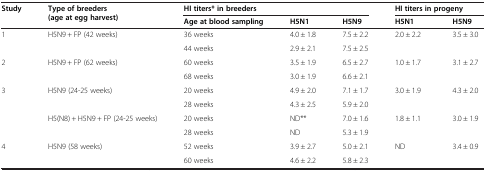
<table><thead><tr><td rowspan="2"><b>Study</b></td><td rowspan="2"><b>Type of breeders (age at egg harvest)</b></td><td colspan="3"><b>HI titers*in breeders</b></td><td colspan="2"><b>HI titers in progeny</b></td></tr><tr><td><b>Age at blood sampling</b></td><td><b>H5N1</b></td><td><b>H5N9</b></td><td><b>H5N1</b></td><td><b>H5N9</b></td></tr></thead><tbody><tr><td rowspan="2">1</td><td rowspan="2">H5N9 + FP (42 weeks)</td><td>36 weeks</td><td>4.0 ± 1.8</td><td>7.5 ± 2.2</td><td rowspan="2">2.0 ± 2.2</td><td rowspan="2">3.5 ± 3.0</td></tr><tr><td>44 weeks</td><td>2.9 ± 2.1</td><td>7.5 ± 2.5</td></tr><tr><td rowspan="2">2</td><td rowspan="2">H5N9 + FP (62 weeks)</td><td>60 weeks</td><td>3.5 ± 1.9</td><td>6.5 ± 2.7</td><td rowspan="2">1.0 ± 1.7</td><td rowspan="2">3.1 ± 2.7</td></tr><tr><td>68 weeks</td><td>3.0 ± 1.9</td><td>6.6 ± 2.1</td></tr><tr><td rowspan="4">3</td><td rowspan="2">H5N9 (24-25 weeks)</td><td>20 weeks</td><td>4.9 ± 2.0</td><td>7.1 ± 1.7</td><td rowspan="2">3.0 ± 1.9</td><td rowspan="2">4.3 ± 2.0</td></tr><tr><td>28 weeks</td><td>4.3 ± 2.5</td><td>5.9 ± 2.0</td></tr><tr><td rowspan="2">H5(N8) + H5N9 + FP (24-25 weeks)</td><td>20 weeks</td><td>ND**</td><td>7.0 ± 1.6</td><td rowspan="2">1.8 ± 1.1</td><td rowspan="2">3.0 ± 1.9</td></tr><tr><td>28 weeks</td><td>ND</td><td>5.3 ± 1.9</td></tr><tr><td rowspan="2">4</td><td rowspan="2">H5N9 (58 weeks)</td><td>52 weeks</td><td>3.9 ± 2.7</td><td>5.0 ± 2.1</td><td rowspan="2">ND</td><td rowspan="2">3.4 ± 0.9</td></tr><tr><td>60 weeks</td><td>4.6 ± 2.2</td><td>5.8 ± 2.3</td></tr></tbody></table>